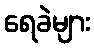
ရေခဲများ